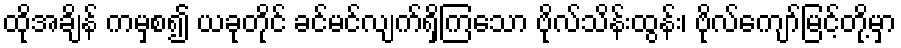
ထိုအချိန် ကမှစ၍ ယခုတိုင် ခင်မင်လျက်ရှိကြသော ဗိုလ်သိန်းထွန်း၊ ဗိုလ်ကျော်မြင့်တို့မှာ